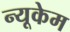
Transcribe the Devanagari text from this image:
न्यूकेम